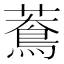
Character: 𦿲